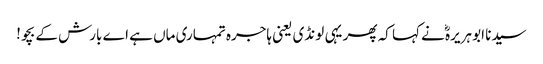
سیدنا ابو ہریرہؓ نے کہا کہ پھر یہی لونڈی یعنی ہاجرہ تمہاری ماں ہے اے بارش کے بچو!